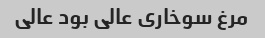
مرغ سوخاری عالی بود عالی